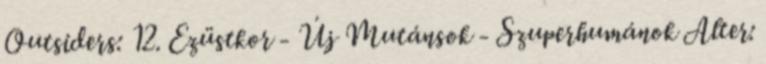
Outsiders: 12. Ezüstkor - Új Mutánsok - Szuperhumánok Alter: